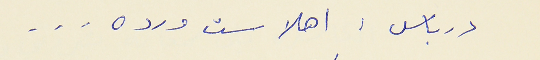
درباس : اهلا ست ورده  . . .